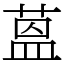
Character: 蒕